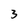
Character: 3